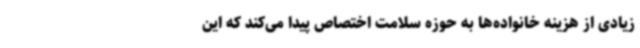
زیادی از هزینه خانواده‌ها به حوزه سلامت اختصاص پیدا می‌کند که این